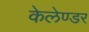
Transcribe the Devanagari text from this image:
केलेण्डर